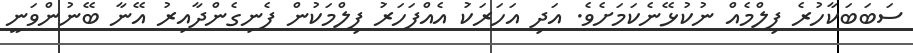
ސަބަބަކާހުރެ ފިލްމެއް ނުކުޅޭނެކަމަށެވެ. އަދި އަހަރަކަު އެއްފަހަރަު ފިލްމަކުން ފެނިގެންދާއިރު އޭނާ ބޭނުންވަނީ